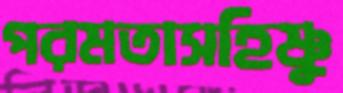
পরমতাসহিষ্ণু